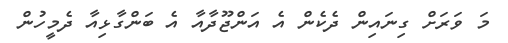
މަ ވަރަށް ގިނައިން ދެކެން އެ އަންޖޫދާއާ އެ ބަންގާޅިއާ ދެމީހުން